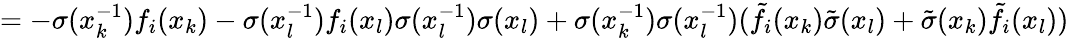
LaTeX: =-\sigma(x_{k}^{-1})f_{i}(x_{k})-\sigma(x_{l}^{-1})f_{i}(x_{l})\sigma(x_{l}^{-1})\sigma(x_{l})+\sigma(x_{k}^{-1})\sigma(x_{l}^{-1})(\tilde{f}_{i}(x_{k})\tilde{\sigma}(x_{l})+\tilde{\sigma}(x_{k})\tilde{f}_{i}(x_{l}))